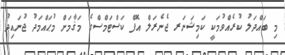
މި ބައްދަލު ކުރެއްވުމަކީ ކަމިޝަނަރ ޖެނެރަލް އޮފް ކަސްޓަމްސްގެ މަޤާމަށް މުޙައްމަދު ޖުނައިދު